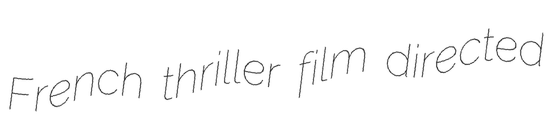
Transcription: French thriller film directed